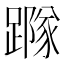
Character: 𨅷